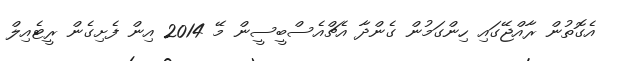
އެގޮތުން ރާއްޖޭގައި ހިންގަމުން ގެންދާ އެޗްއެސްބީސީން މޭ 2014 އިން ފެށިގެން ރީޓެއިލް